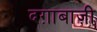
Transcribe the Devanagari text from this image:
दग़ाबाज़ी